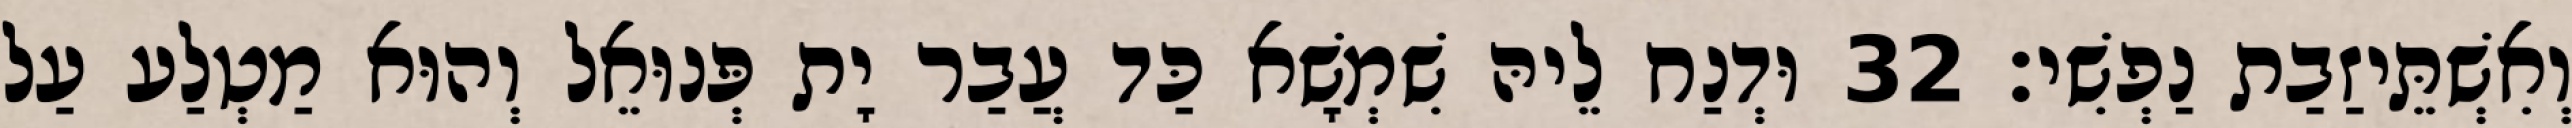
וְאִשְׁתֵּיזַבַת נַפְשִׁי׃ 32 וּדְנַח לֵיהּ שִׁמְשָׁא כַּד עֲבַר יָת פְּנוּאֵל וְהוּא מַטְלַע עַל